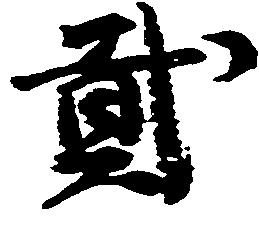
弐